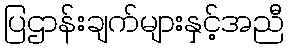
ပြဌာန်းချက်များနှင့်အညီ